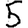
Digit: 5